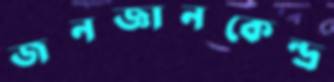
জনজ্ঞানকেন্দ্র